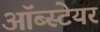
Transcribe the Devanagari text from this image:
ऑब्स्टेयर